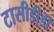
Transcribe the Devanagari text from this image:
टासीडीडी